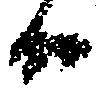
候